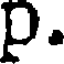
p.